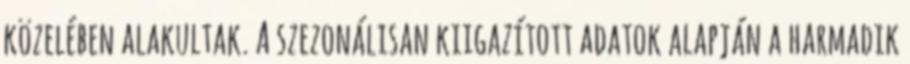
közelében alakultak. A szezonálisan kiigazított adatok alapján a harmadik